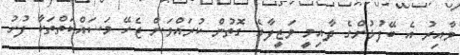
ވާއިރު އެ ބޭފުޅުންގެ ދާއިމީ ވަޒީފާގެ ގޮތުން ކުރައްވަން ޖެހޭ މަސައްކަތްތަކާ ފުށު